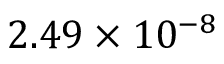
2 . 4 9 \times 1 0 ^ { - 8 }